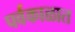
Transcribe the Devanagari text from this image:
पर्वकाळात